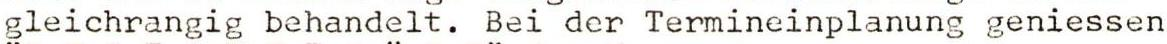
gleichrangig behandelt. Bei der Termineinplanung geniessen